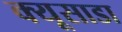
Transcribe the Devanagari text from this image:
क्यूसाडा